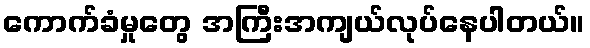
ကောက်ခံမှုတွေ အကြီးအကျယ်လုပ်နေပါတယ်။